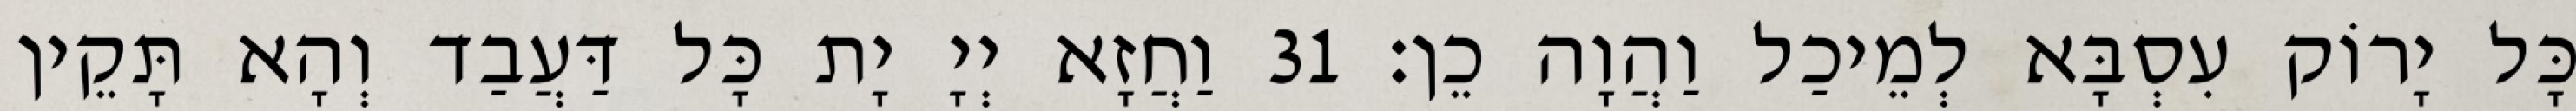
כָּל יָרוֹק עִסְבָּא לְמֵיכַל וַהֲוָה כֵן׃ 31 וַחֲזָא יְיָ יָת כָּל דַּעֲבַד וְהָא תָּקֵין